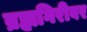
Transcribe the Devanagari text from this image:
ब्रह्मगिरीवर